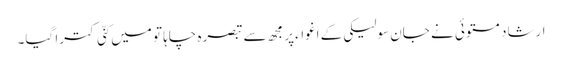
ارشاد مستوئی نے جان سولیکی کے اغواءپر مجھ سے تبصرہ چاہا تو میں کنّی کترا گیا۔